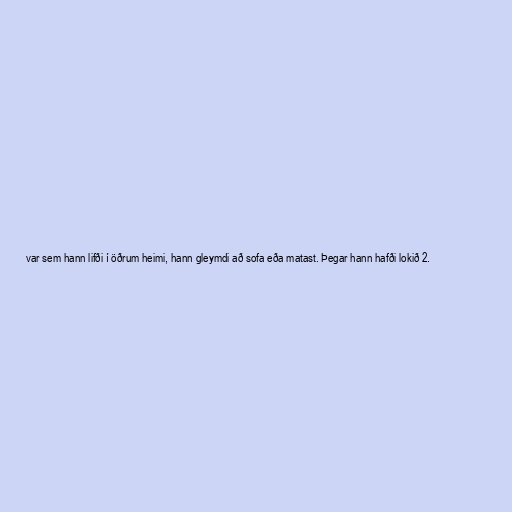
var sem hann lifði í öðrum heimi, hann gleymdi að sofa eða matast. Þegar hann hafði lokið 2.